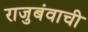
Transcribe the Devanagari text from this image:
राजुबंवाची